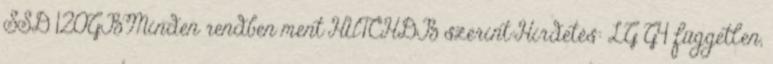
SSD 120GBMinden rendben ment HUTCHDB szerint:Hirdetés: LG G4 független,